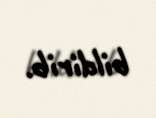
bildirib.